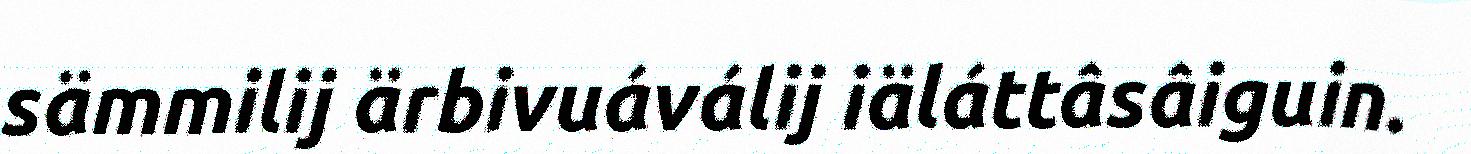
sämmilij ärbivuáválij iäláttâsâiguin.